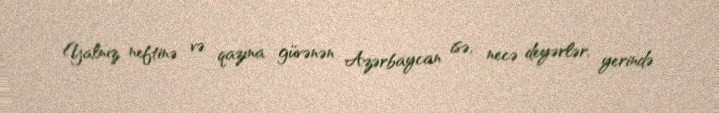
Yalnız neftinə və qazına güvənən Azərbaycan isə, necə deyərlər, yerində